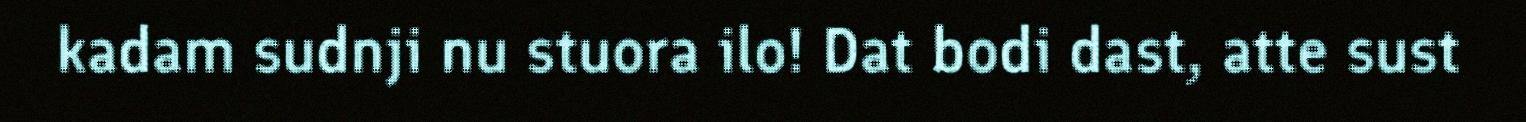
kadam sudnji nu stuora ilo! Dat bodi dast, atte sust